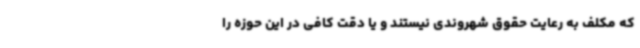
که مکلف به رعایت حقوق شهروندی نیستند و یا دقت کافی در این حوزه را